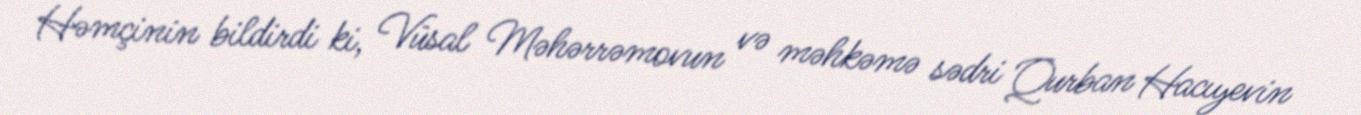
Həmçinin bildirdi ki, Vüsal Məhərrəmovun və məhkəmə sədri Qurban Hacıyevin